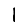
Digit: 1